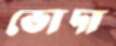
ভোদা